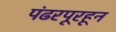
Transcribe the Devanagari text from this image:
पंढरपूरहून